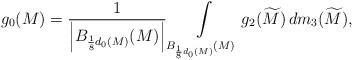
LaTeX: \begin{align*}g_{0}(M)=\frac{1}{\left| B_{\frac{1}{8} d_{0}(M)}(M)\right|}\int\limits_{B_{\frac{1}{8} d_{0}(M)}(M)} g_{2}(\widetilde{M})\, dm_{3}(\widetilde{M}),\end{align*}